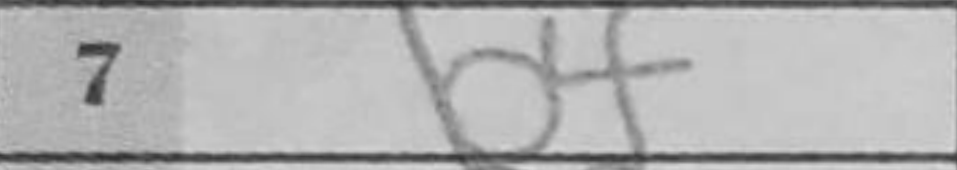
Transcription: b4